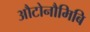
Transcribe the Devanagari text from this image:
औटोनौमिबि